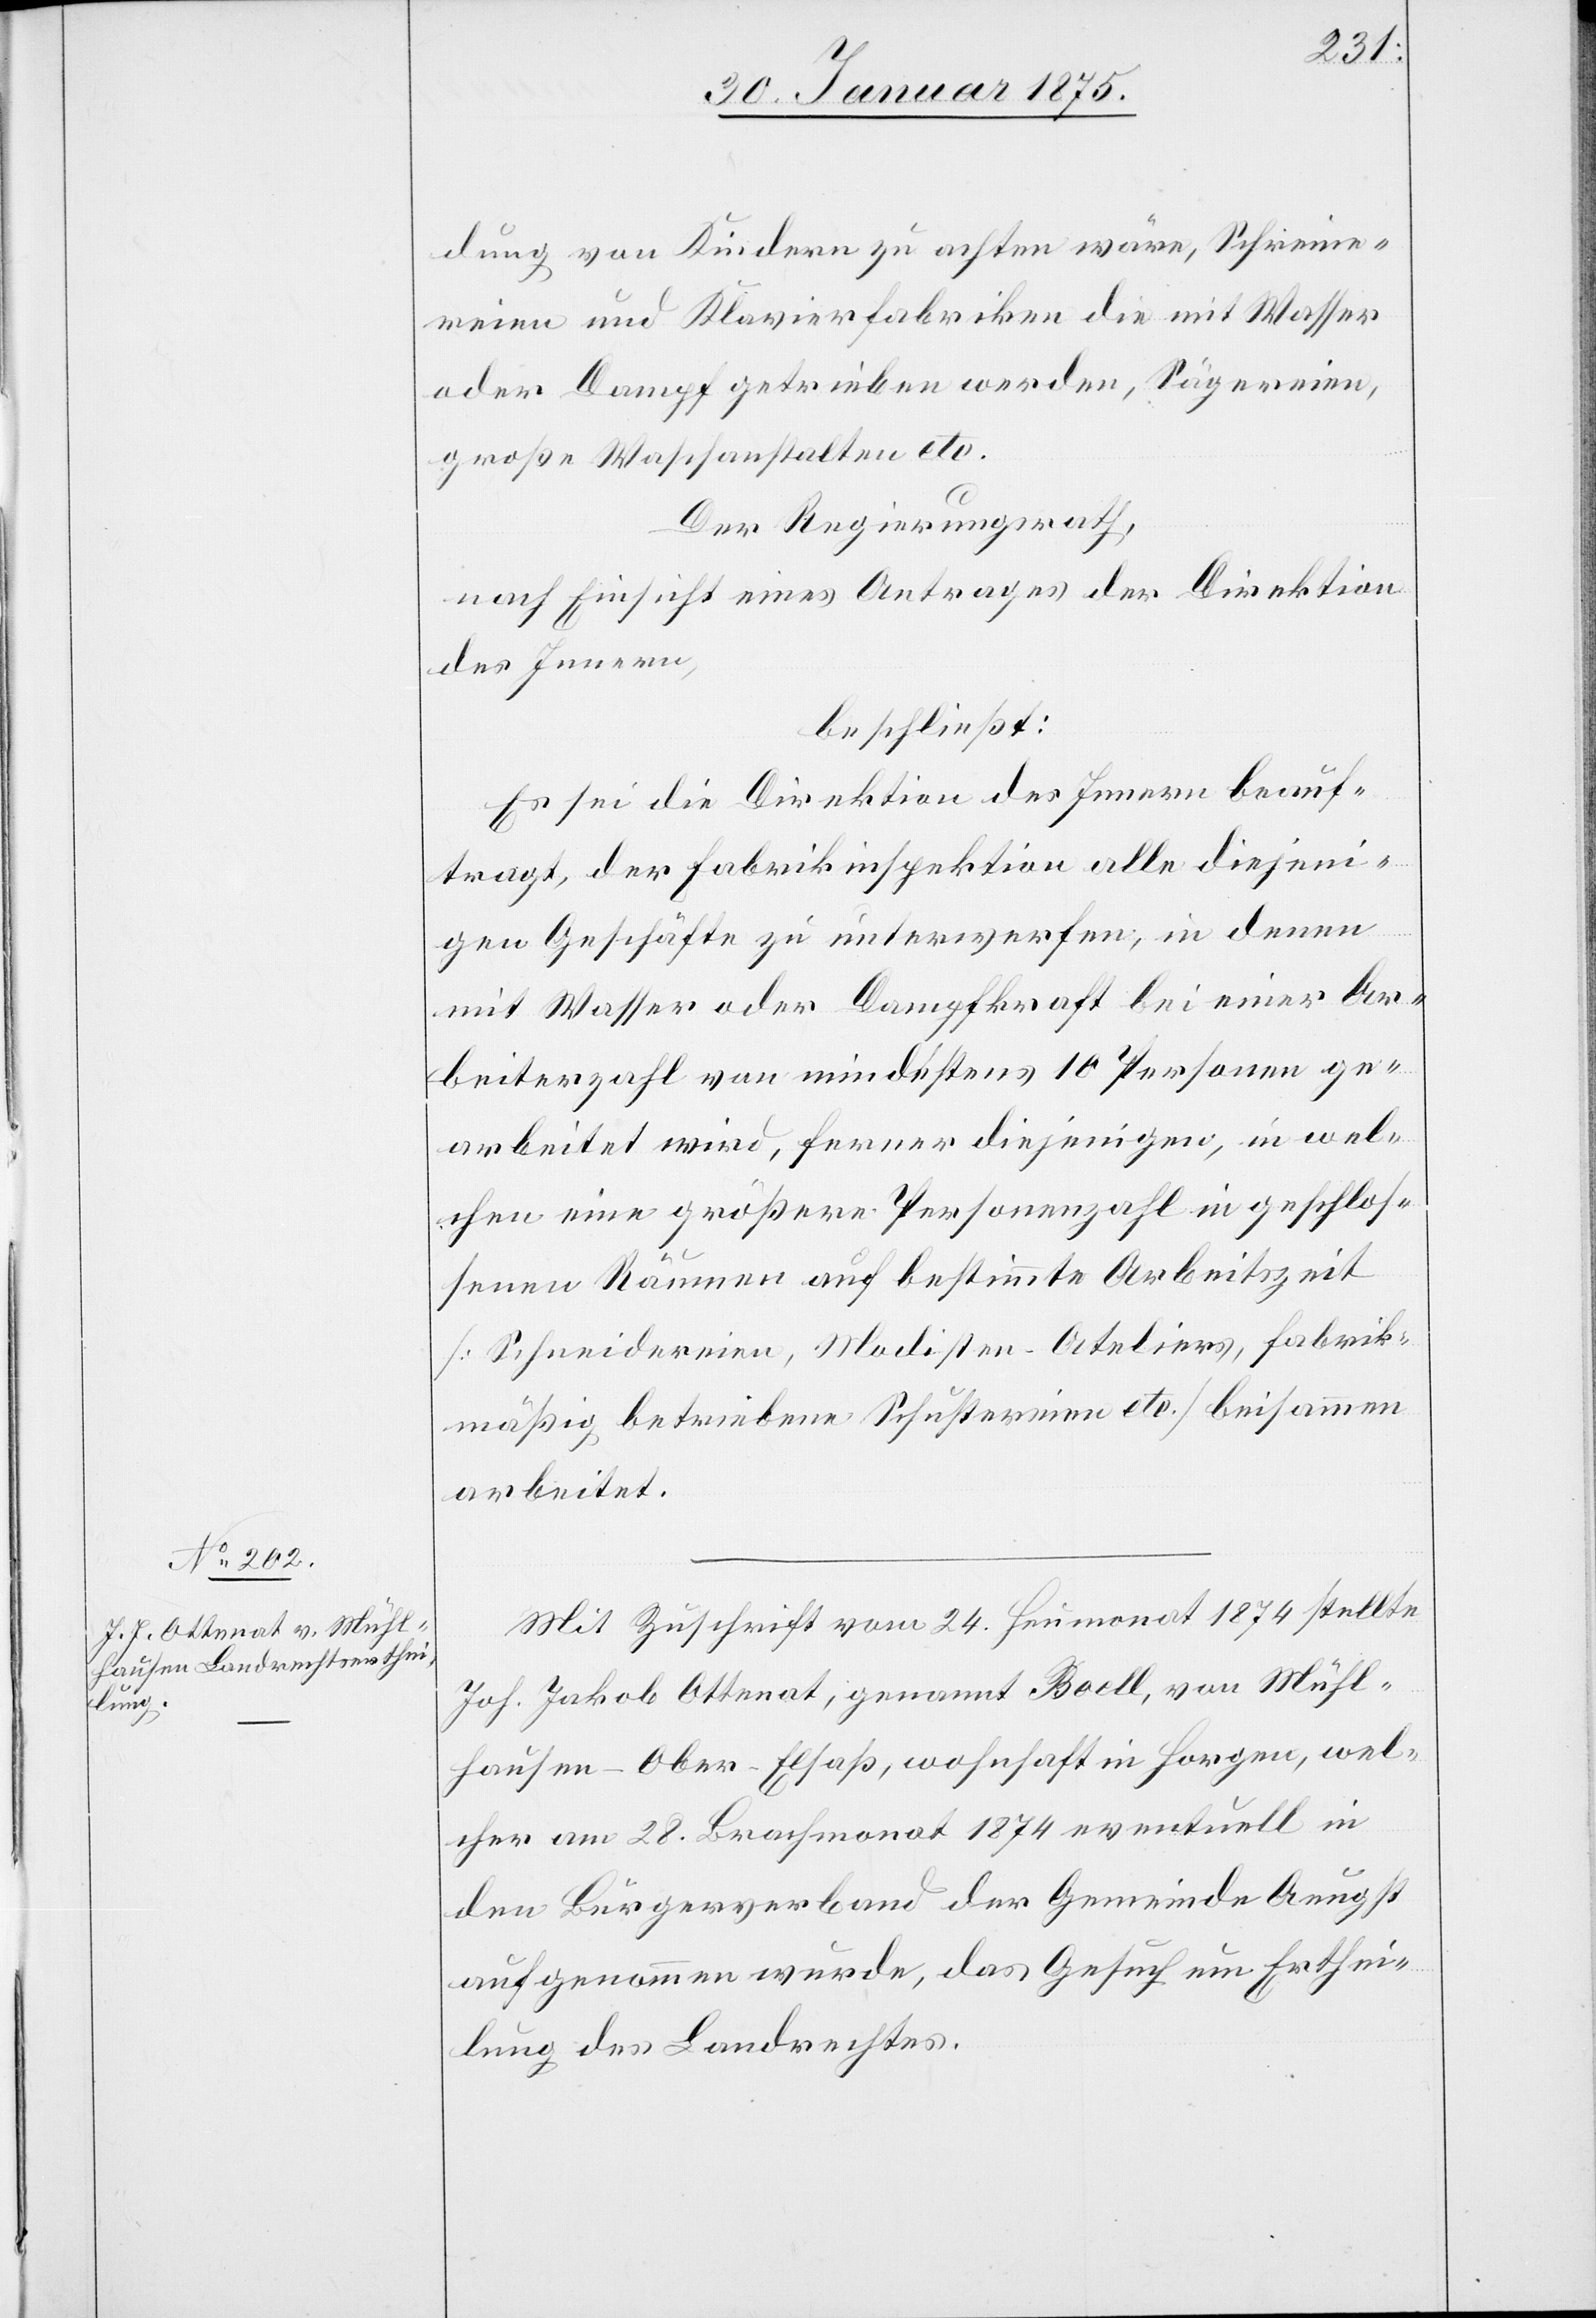
dung von Kindern zu achten wäre, Schreine¬
reien und Klavierfabriken die mit Wasser
oder Dampf getrieben werden, Sägereien,
große Waschanstalten etc.
Der Regierungsrath,
nach Einsicht eines Antrages der Direktion
des Innern,
beschließt:
Es sei die Direktion des Innern beauf¬
tragt, der Fabrikinspektion alle diejeni¬
gen Geschäfte zu unterwerfen, in denen
mit Wasser oder Dampfkraft bei einer Ar¬
beiterzahl von mindestens 10 Personen ge¬
arbeitet wird, ferner diejenigen, in wel¬
chen eine größere Personenzahl in geschlos¬
senen Räumen auf bestimmte Arbeitszeit
(Schneidereien, Modisten-Ateliers, fabrik¬
mäßig betriebene Schustereien etc.) beisammen
arbeitet.
Mit Zuschrift vom 24. Heumonat 1874 stellte
Joh. Jakob Ottenat, genannt Boell, von Mühl¬
hausen - Ober-Elsaß, wohnhaft in Horgen, wel¬
cher am 28. Brachmonat 1874 eventuell in
den Bürgerverband der Gemeinde Aeugst
aufgenommen wurde, das Gesuch um Erthei¬
lung des Landrechtes.